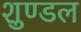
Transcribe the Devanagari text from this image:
शुण्डल